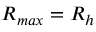
R _ { m a x } = R _ { h }